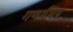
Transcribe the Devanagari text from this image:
गणाधिप